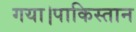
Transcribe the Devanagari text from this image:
गया।पाकिस्तान